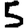
Digit: 5